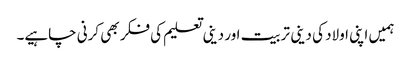
ہمیں اپنی اولاد کی دینی تربیت اور دینی تعلیم کی فکر بھی کرنی چاہیے۔